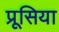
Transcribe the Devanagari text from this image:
प्रूसिया